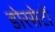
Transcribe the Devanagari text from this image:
डोरसेटों